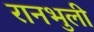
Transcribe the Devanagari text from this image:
रानभुली